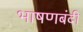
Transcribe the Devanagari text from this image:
भाषणबंदी